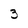
Character: 3